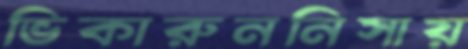
ভিকারুননিসায়